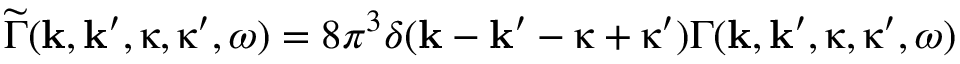
\widetilde { \Gamma } ( \boldsymbol { \mathbf { k } } , \boldsymbol { \mathbf { k } } ^ { \prime } , \boldsymbol { \mathbf { \upkappa } } , \boldsymbol { \mathbf { \upkappa } } ^ { \prime } , \omega ) = 8 \pi ^ { 3 } \delta ( \boldsymbol { \mathbf { k } } - \boldsymbol { \mathbf { k } } ^ { \prime } - \boldsymbol { \mathbf { \upkappa } } + \boldsymbol { \mathbf { \upkappa } } ^ { \prime } ) \Gamma ( \boldsymbol { \mathbf { k } } , \boldsymbol { \mathbf { k } } ^ { \prime } , \boldsymbol { \mathbf { \upkappa } } , \boldsymbol { \mathbf { \upkappa } } ^ { \prime } , \omega )